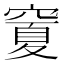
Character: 𥧜